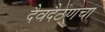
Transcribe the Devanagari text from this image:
दैवदैठणचा